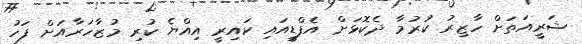
ޝަރީއަތަށް ހާޒިރު ކުރުމާ ދެކޮޅަށް އެފްޑީއައި ކައިރީ އިއްޔެ ކުރި މުޒާހަރާއަށް ފަހު